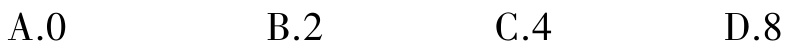
A.0

B.2

C.4

D.8